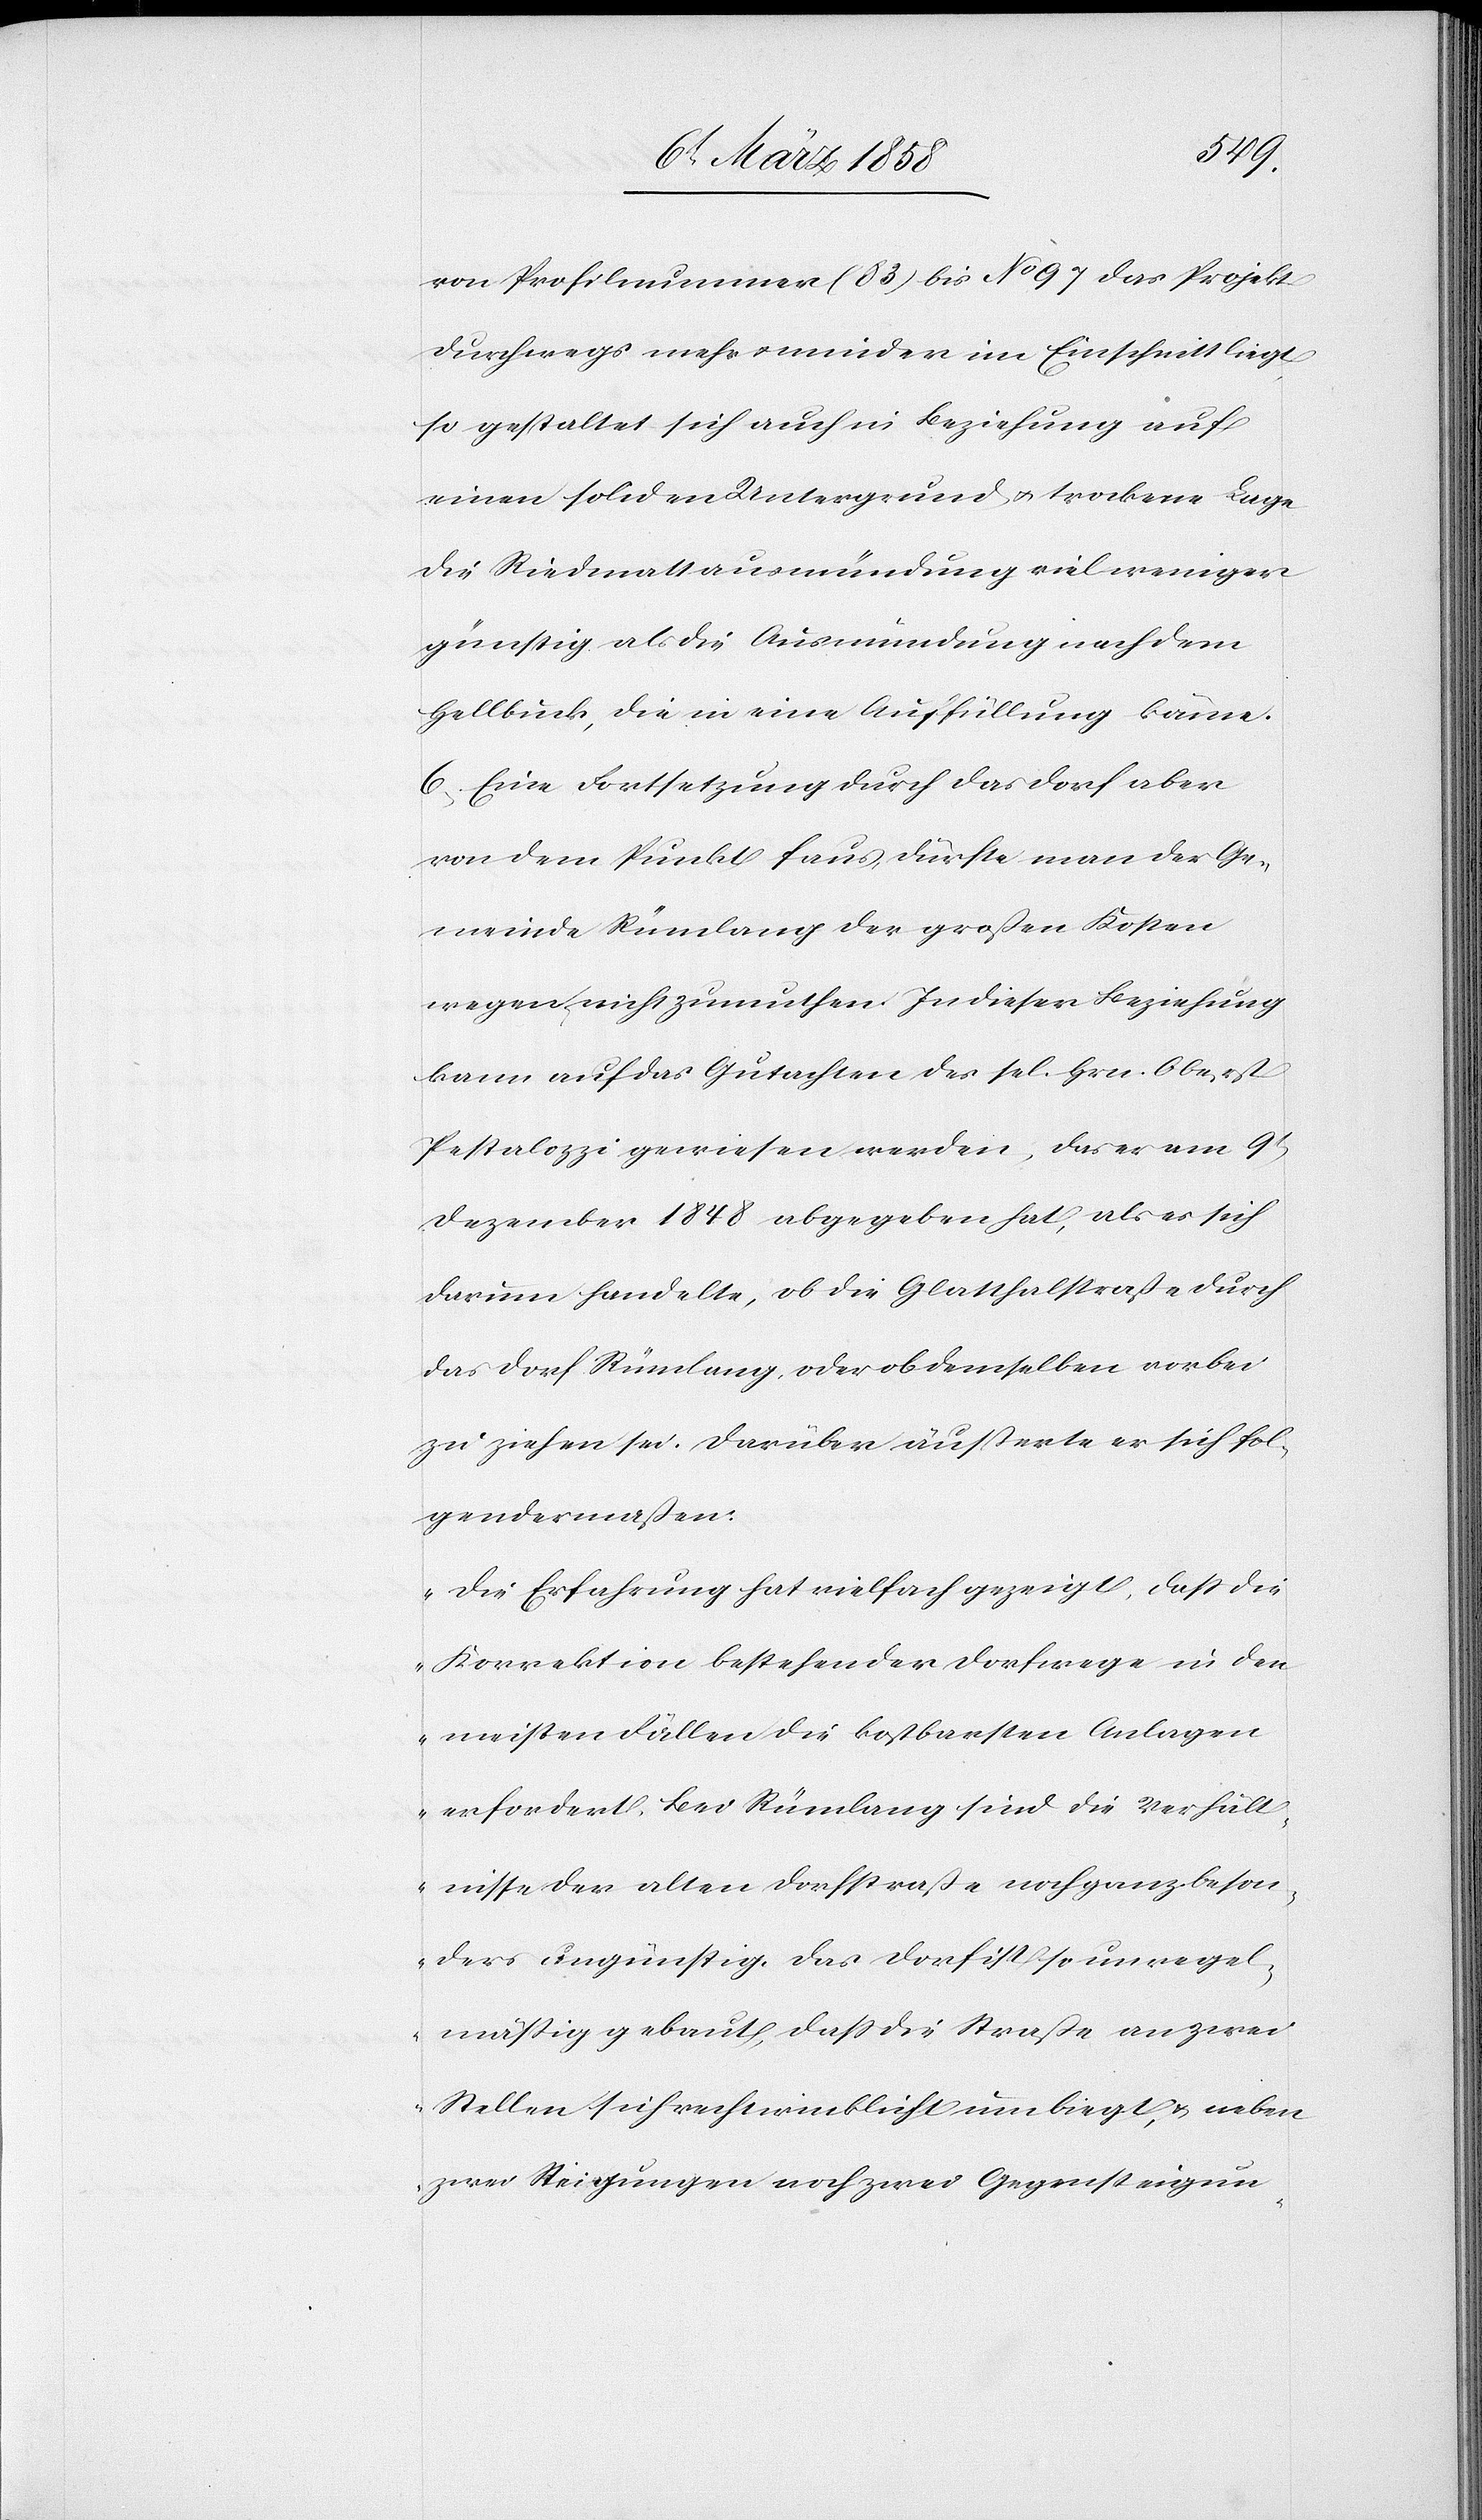
von Profilnummer (83) bis No 97 das Projekt
durchwegs mehr u. minder im Einschnitt liegt,
so gestaltet sich auch in Beziehung auf
einen soliden Untergrund u. trockene Lage
die Riedmattausmündung viel weniger
günstig als die Ausmündung nach dem
Hellbuck, die in eine Auffüllung käme.
6. Eine Fortsetzung durch das Dorf aber
von dem Punkt f aus dürfte man der Ge¬
meinde Rümlang der großen Kosten
wegen nicht zumuthen. In dieser Beziehung
kann auf das Gutachten der sel. Hrn. Oberst
Pestalozzi gewiesen werden, das er am 9t
Dezember 1848 abgegeben hat, als es sich
darinn handelte, ob die Glatthalstraße durch
das Dorf Rümlang, oder ob demselben vorbei
zu ziehen sei. Darüber äußerte er sich fol¬
gendermaßen:
„Die Erfahrung hat vielfach gezeigt, daß die
Korrektion bestehender Dorfwege in den
meisten Fällen die kostbarsten Anlagen
erfordert. Bei Rümlang sind die Verhält¬
nisse der alten Dorfstraße noch ganz beson¬
deres ungünstig. Das Dorf ist so unregel¬
mäßig gebaut, daß die Straße an zwei
Stellen sich rechtwinklicht umbiegt, u. neben
zwei Richtungen noch zwei Gegensteigun-